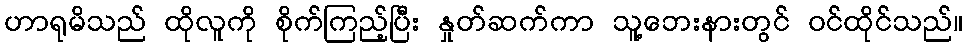
ဟာရုမိသည် ထိုလူကို စိုက်ကြည့်ပြီး နှုတ်ဆက်ကာ သူ့ဘေးနားတွင် ဝင်ထိုင်သည်။